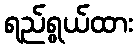
ရည်ရွယ်ထား